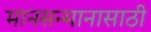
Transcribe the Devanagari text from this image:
मानसन्मानासाठी